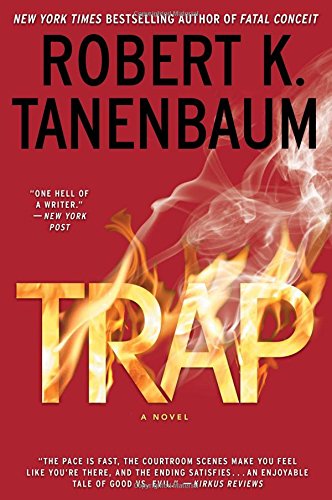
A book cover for Trap (A Butch Karp-Marlene Ciampi Thriller); Robert K. Tanenbaum; Mystery, Thriller & Suspense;